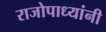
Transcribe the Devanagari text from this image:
राजोपाध्यांनी